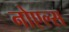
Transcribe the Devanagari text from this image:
नोएल्स